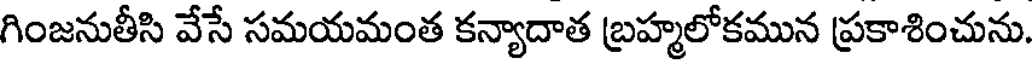
గింజనుతీసి వేసే సమయమంత కన్యాదాత బ్రహ్మలోకమున ప్రకాశించును.